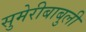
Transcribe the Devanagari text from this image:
सुमेरीबाबुली